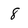
Character: 8